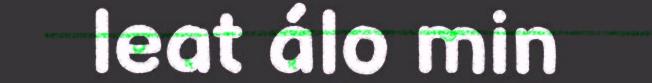
leat álo min